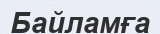
Байламға